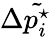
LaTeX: \Delta\tilde{p_{i}^{\star}}